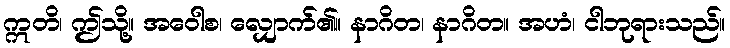
ဣတိ၊ ဤသို့။ အဝေါစ၊ လျှောက်၏။ နာဂိတ၊ နာဂိတ။ အဟံ၊ ငါဘုရားသည်။